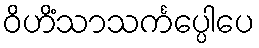
ဝိဟိံသာသင်္ကပ္ပေါပေ